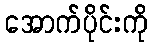
အောက်ပိုင်းကို